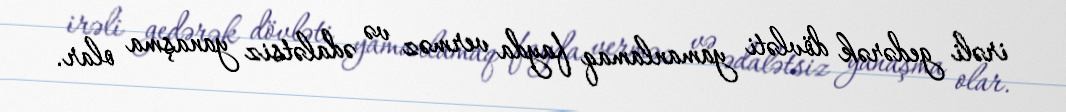
irəli gedərək dövləti yamanlamaq fayda verməz və ədalətsiz yanaşma olar.